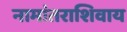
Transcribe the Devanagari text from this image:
नामांतराशिवाय